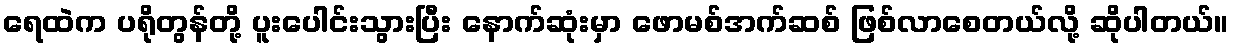
ရေထဲက ပရိုတွန်တို့ ပူးပေါင်းသွားပြီး နောက်ဆုံးမှာ ဖောမစ်အက်ဆစ် ဖြစ်လာစေတယ်လို့ ဆိုပါတယ်။